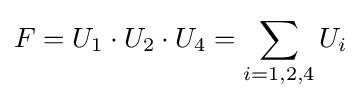
F=U_{1}\cdot U_{2}\cdot U_{4}=\sum _{i=1,2,4}U_{i}